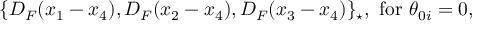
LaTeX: \{ D _ { F } ( x _ { 1 } - x _ { 4 } ) , D _ { F } ( x _ { 2 } - x _ { 4 } ) , D _ { F } ( x _ { 3 } - x _ { 4 } ) \} _ { \star } , \mathrm { ~ f o r ~ } \theta _ { 0 i } = 0 ,